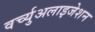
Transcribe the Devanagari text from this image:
वर्च्युअलाइजेशन